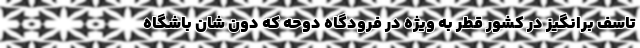
تاسف برانگیز در کشور قطر به ویژه در فرودگاه دوحه که دون شان باشگاه